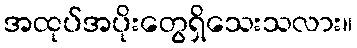
အထုပ်အပိုးတွေရှိသေးသလား။